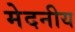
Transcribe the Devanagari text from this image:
मेदनीय